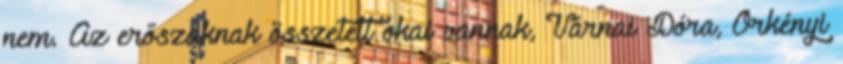
nem. Az erőszaknak összetett okai vannak, Várnai Dóra, Örkényi